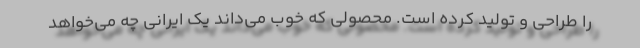
را طراحی و تولید کرده است. محصولی که خوب می‌داند یک ایرانی چه می‌خواهد